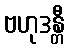
ဗဟုဒန္တီ